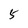
Character: 5